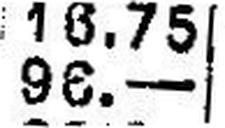
96.—